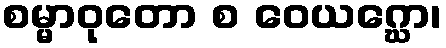
စမ္မာဝုတော စ ဝေယဂ္ဃော၊